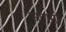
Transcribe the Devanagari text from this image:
आगमी